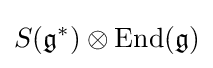
S({\mathfrak {g}}^{\ast })\otimes \mathrm {End} ({\mathfrak {g}})